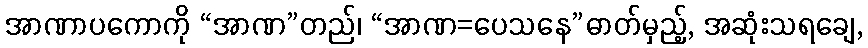
အာဏာပကောကို “အာဏ”တည်၊ “အာဏ=ပေသနေ”ဓာတ်မှည့်, အဆုံးသရချေ,